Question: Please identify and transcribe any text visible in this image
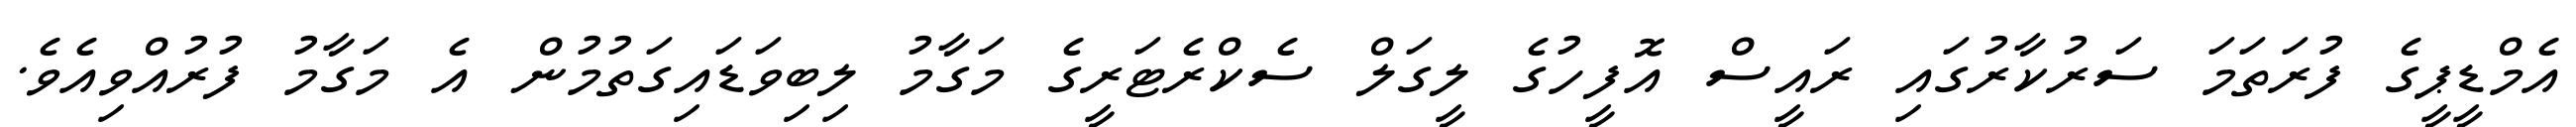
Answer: އެމްޑީޕީގެ ފުރަތަމަ ސަރުކާރުގައި ރައީސް އޮފީހުގެ ލީގަލް ސެކްރެޓަރީގެ މަގާމު ލިބިވަޑައިގަތުމުން އެ މަގާމު ފުރުއްވިއެވެ.